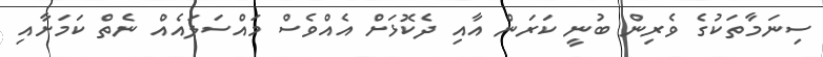
ސިނަމާތަކުގެ ވެރިން ބުނީ ކަރަން އާއި ދެކޮޅަށް އެއްވެސް މައްސަލައެއް ނެތް ކަމަށާއި